Account of plague administration in the Bombay Presidency from September 1896 till May 1897
Year: 1896
Disease focus: Plague
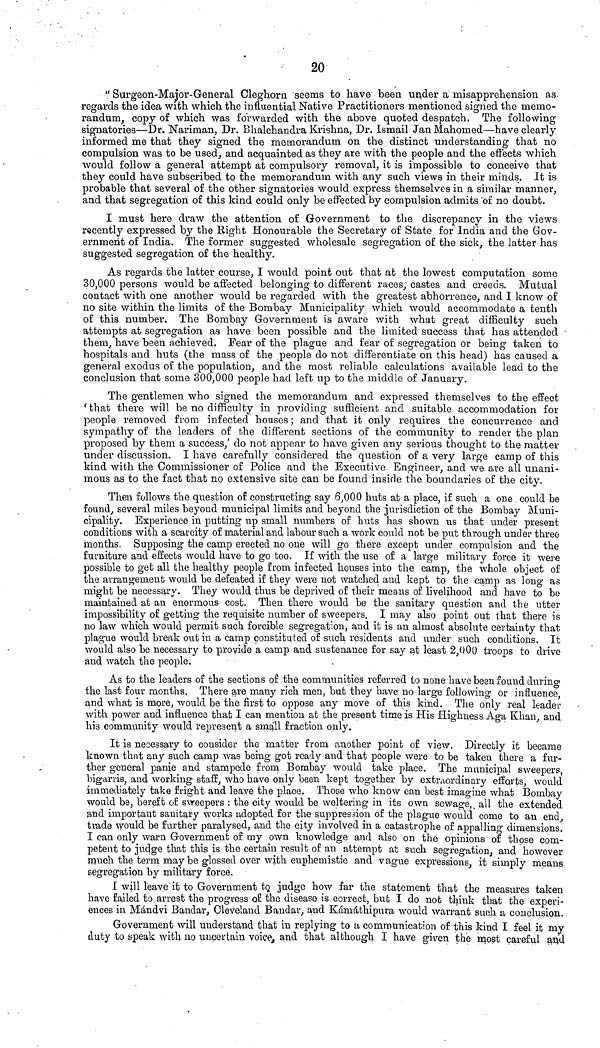
20
" Surgeon-Major-General Cleghorn 'seems to have been under a misapprehension as.
regards the idea with which the influential Native Practitioners mentioned signed the memo-
randum, copy of which was forwarded with the above quoted despatch. The following
signatories—Dr. Nariman, Dr. Βhalchandra Krishna, Dr. Ismail Jan Mahomed—have clearly
informed me that they signed the memorandum on the distinct understanding that no
compulsion was to be used, and acquainted as they are with the people and the effects which
would follow a general attempt at compulsory removal, it is impossible to conceive that
they could have subscribed to the memorandum with any such views in their minds. It is
probable that several of the other signatories would express themselves in a similar manner,
and that segregation of this kind could only be effected by compulsion admits of no doubt.
I must here draw the attention of Government to the discrepancy in the views
recently expressed by the Bight Honourable the Secretary of State for India and the Gov-
ernment of India. The former suggested wholesale segregation of the sick, the latter has
suggested segregation of the healthy.
As regards the latter course, I would point out that at the lowest computation some
30,000 persons would be affected belonging to different races, castes and creeds. Mutual
contact with one another would be regarded with the greatest abhorrence, and I know of
no site within the limits of the Bombay Municipality which would accommodate a tenth
of this number. The Bombay Government is aware with what great difficulty such
attempts at segregation as have been possible and the limited success that has attended
them, have been achieved. Fear of the plague and fear of segregation or being taken to
hospitals and huts (the mass of the people do not differentiate on this head) has caused a
general exodus of the population, and the most reliable calculations available lead to the
conclusion that some 300,000 people had left up to the middle of January.
The gentlemen who signed the memorandum and expressed themselves to the effect
f that there will be no difficulty in providing sufficient and suitable accommodation for
people removed from infected houses ; and that it only requires the concurrence and
sympathy of the leaders of the different sections of the community to render the plan
proposed by them a success/ do not appear to have given any serious thought to the matter
under discussion. I have carefully considered the question of a very large camp of this
kind with the Commissioner of Police and the Executive Engineer, and we are all unani-
mous as to the fact that no extensive site can be found inside the boundaries of the city.
Then follows the question of constructing say 6,000 huts at a place, if such a one could be
found, several miles beyond municipal limits and beyond the jurisdiction of the Bombay Muni-
cipality. Experience in putting up small numbers of huts has shown us that under present
conditions with a scarcity of material and labour such a work could not be put through under three
months. Supposing the camp erected no one will go there except under compulsion and the
furniture and effects would have to go too. If with the use of a large military force it were
possible to get all the healthy people from infected houses into the camp, the whole object of
the arrangement would be defeated if they were not watched and kept to the camp as long as
might be necessary. They would thus be deprived of their means of livelihood and have to be
maintained at an enormous cost. Then there would be the sanitary question and the utter
impossibility of getting the requisite number of sweepers. I may also point out that there is
no law which would permit such forcible segregation, and it is an almost absolute certainty that
plague would break out in a camp constituted of such residents and under such conditions. It
would also be necessary to provide a camp and sustenance for say at least 2,000 troops to drive
and watch the people.
As to the leaders of the sections of the communities referred to none ha ve been found during
the last four months. There are many rich men, but they have no large following or influence
and what is more, Avould be the first to oppose any move of this kind. The only real leader
with power and influence that I can mention at the present time is His Highness Aga Khan, and
his community would represent a small fraction only.
It is necessary to consider the matter from another point of view. Directly it became
known that any such camp was being got ready and that people were to be taken there a fur-
ther general panic and stampede from Bombay would take place. The municipal sweepers,
bigarris, and working staff, who have only been kept together by extraordinary efforts, would
immediately take fright and leave the place. Those who know can best imagine what Bombay
would be, bereft of sweepers : the city would be weltering in its own sewage, x all the extended
and important sanitary works adopted for the suppression of the plague would come to an end
trade would be further paralysed, and the city involved in a catastrophe of appalling dimensions.
I can only warn Government of my own knowledge and also on the opinions of those com-
petent to judge that this is the certain result of an attempt at such segregation,, and however
much the term may be glossed over with euphemistic and vague expressions, it simply means
segregation by military force.
I will leave it to Government tg judge how far the statement that the measures taken
have failed to arrest the progress of the disease is correct, but I do not think that the experi-
ences in Màndvi Bandar, Cleveland Bandar, and Kàmathipura would warrant such a conclusion.
Government will understand that in replying to a communication of this kind I feel it my
duty to speak with no uncertain voice, and that although I have given the most careful and